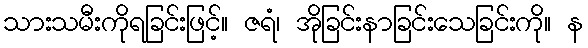
သားသမီးကိုရခြင်းဖြင့်။ ဇရံ၊ အိုခြင်းနာခြင်းသေခြင်းကို။ န